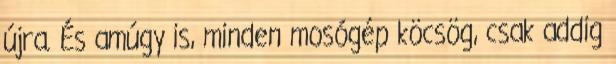
újra. És amúgy is, minden mosógép köcsög, csak addig